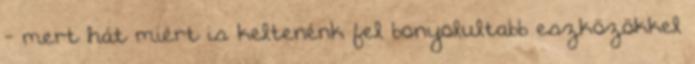
- mert hát miért is keltenénk fel bonyolultabb eszközökkel